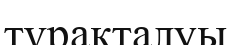
түрақталуы